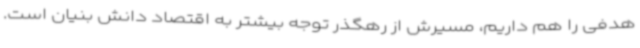
هدفی را هم داریم، مسیرش از رهگذر توجه بیشتر به اقتصاد دانش بنیان است.